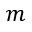
m